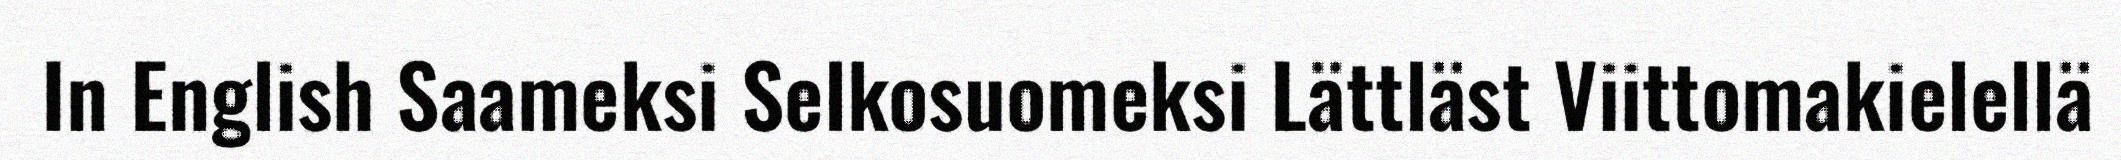
In English Saameksi Selkosuomeksi Lättläst Viittomakielellä